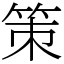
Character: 策